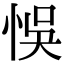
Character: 悞